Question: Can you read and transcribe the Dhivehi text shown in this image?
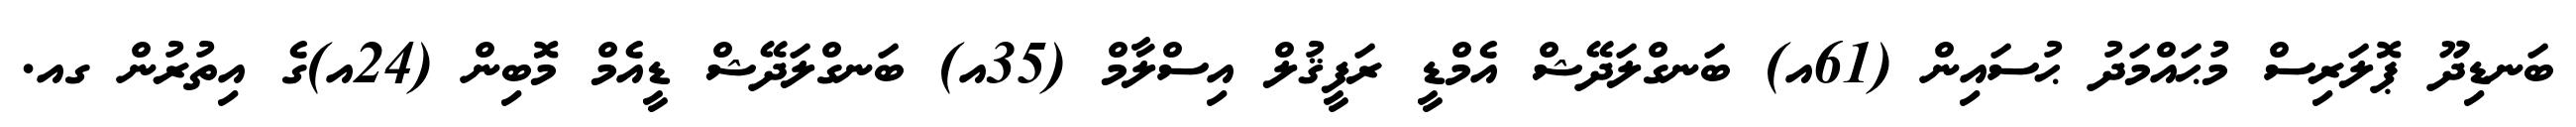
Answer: ބަނޑިދޫ ޕޮލަރިސް މުޙައްމަދު ޙުސައިން (61އ) ބަނގްލަދޭޝް އެމްޑީ ރަފީޤުލް އިސްލާމް (35އ) ބަނގްލަދޭޝް ޑީއެމް މޮބިން (24އ)ގެ އިތުރުން ގއ.